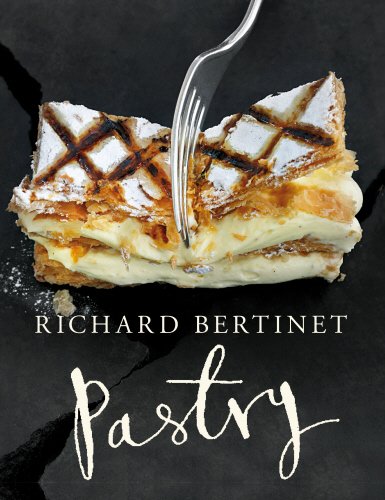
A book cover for Pastry; Richard Bertinet; Cookbooks, Food & Wine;